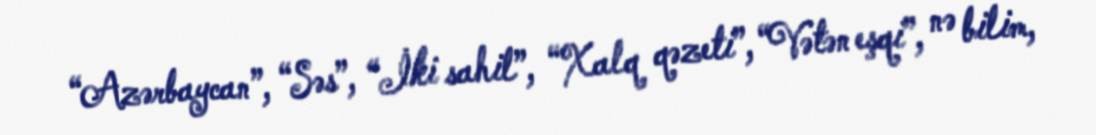
“Azərbaycan”, “Səs”, “İki sahil”, “Xalq qəzeti”, “Vətən eşqi”, nə bilim,